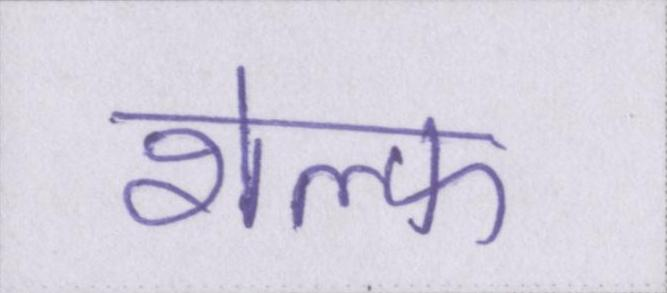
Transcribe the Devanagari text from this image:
शेल्फ